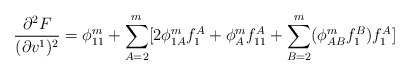
\begin{align*}\frac{\partial ^2F}{(\partial v^1)^2}=\phi _{11}^m+\sum\limits_{A=2}^m[2\phi_{1A}^mf_1^A+\phi _A^mf_{11}^A+\sum\limits_{B=2}^m(\phi _{AB}^mf_1^B)f_1^A]\end{align*}